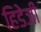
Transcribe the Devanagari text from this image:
हिडेजी